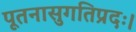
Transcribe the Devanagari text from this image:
पूतनासुगतिप्रदः।